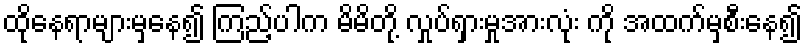
ထိုနေရာများမှနေ၍ ကြည့်ပါက မိမိတို့ လှုပ်ရှားမှုအားလုံး ကို အထက်မှစီးနေ၍